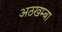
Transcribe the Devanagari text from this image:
अठखम्बा